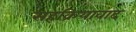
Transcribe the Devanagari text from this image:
सहक्रियावाद